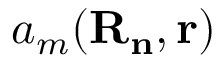
a _ { m } \mathbf { ( R _ { n } , r ) }